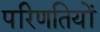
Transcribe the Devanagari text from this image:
परिणतियों